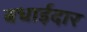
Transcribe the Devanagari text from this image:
बधाईदार